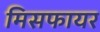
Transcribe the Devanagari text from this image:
मिसफायर